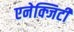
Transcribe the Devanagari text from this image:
एनेक्जिटी